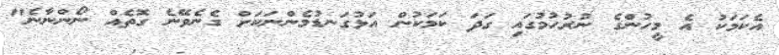
އެކަމަކު އެ މީހުންގެ ނުރުހުމުގައި ގަދަ ކަމަކުން އަޅުގަނޑުމެންނަކަށް ގެނެވޭނެ ގޮތެއް ނޯންނާނެ"